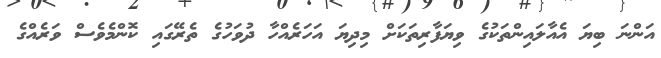
އަންނަ ބިޔަ އެއާލައިންތަކުގެ ވިޔަފާރިތަކަށް މިދިޔަ އަހަރެއްހާ ދުވަހުގެ ތެރޭގައި ކޮންމެވެސް ވަރެއްގެ